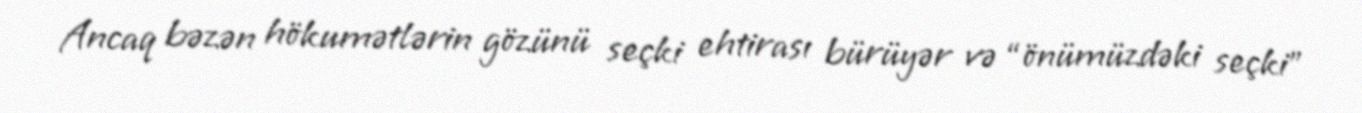
Ancaq bəzən hökumətlərin gözünü seçki ehtirası bürüyər və “önümüzdəki seçki”